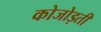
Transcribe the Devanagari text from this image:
कोजोड़ती